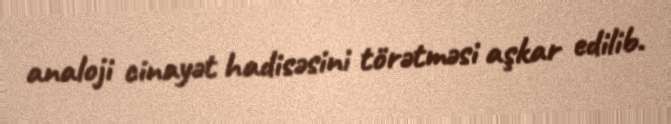
analoji cinayət hadisəsini törətməsi aşkar edilib.